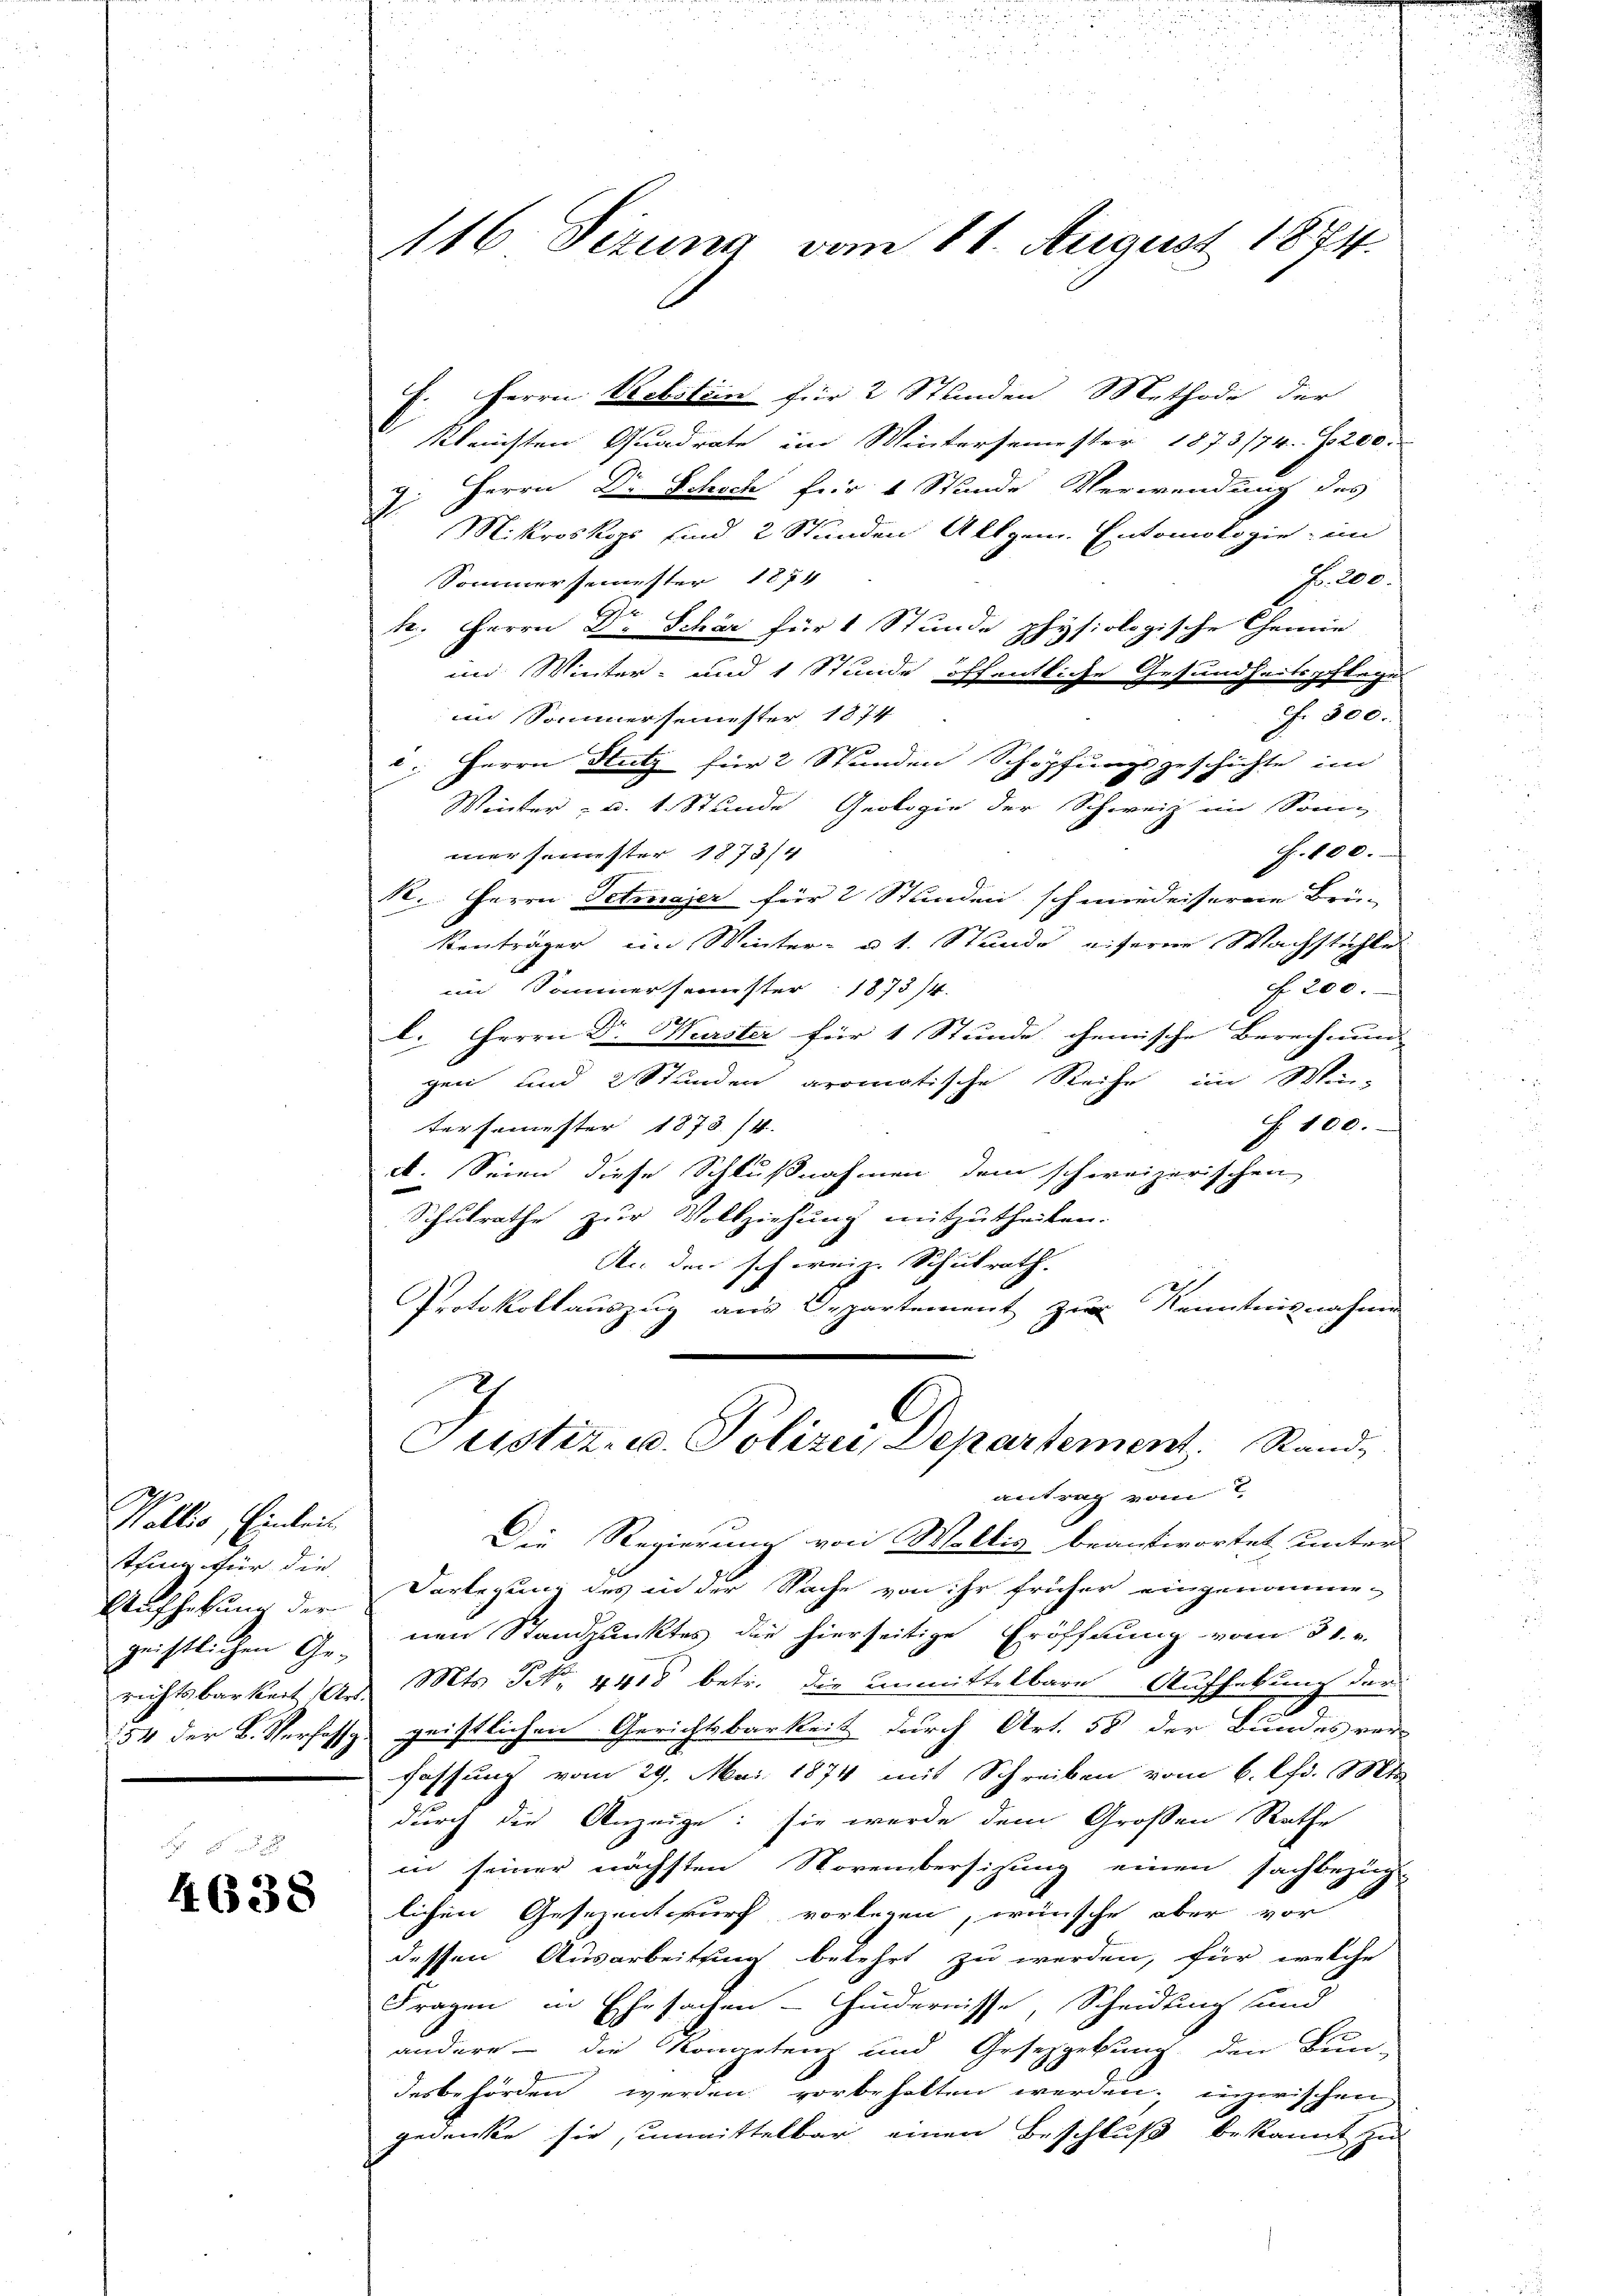
Wollis, Einleit
sthing für die
Aufhebung der
geistlichen Ge-
richtsbarkeit Art.
154 der B. Verfass

4638

116 Sizung vom 11. August 1874.

F. Herrn Pobitein für 2 Stunden Methode der
kleinsten Quadrate im Wintersemester 1873/74. 1200.
7. Herrn Dr Schoch für 1 Stunde Verwendung des
Mikroskops sind 2 Stunden Allgem. Entomologie, im
Fr. 200.
Sommersemester 1874
k. Herrn Dr Schär für 1 Stunde physiologische Chemie
im Winter- und 1 Stunde öffentliche Gesundheitspflege
cf. 300.
im Sommersemester 1874
: Herrn Nutz für 2 Stunden Schöpfungsgeschichte im
Winter - u. 1. Stunde Geologie der Schweiz im Som-
F. 800.
mer semester 1873/4
R. Herrn Petmajer für 2 Stunden schmiedenseren Brü-
kenträger im Winter- u 1. Stunde eiserne Wachstichle
f 200.
im Sommersemester 1873/4.
l. Herrn Dr. Wurster für 1 Stunde chemische Berechnung
gen und 2 Stunden aromatische Reihe im Win-
§. 100.
tersemester 1873. 14.
A. Seien diese Schlußnahmen dem schweizerischen
Schulrathe zur Vollziehung mitzutheilen.
An den schweiz. Schulrath.
Protokollauszug aus Departement zur Kenntnisnahme
Justiz- u. Polizei, Departement. Stand
antrag vom 2.
Die Regierung von Weltis beantwortet unter
Vorlegung des in der Sache von ihr früher eingenommenen Standpunktes die hierseitige Eröffnung vom 31. v.
Mts. N. 4418 betr. die unmittelbare Aufhebung der
geistlichen Gerichtsbarkeit durch Art. 58 der Bundes ver-
fassung vom 29. Mai 1874 mit Schreiben vom 6. Apr. 18t
durch die Anzeige: sie wurde dem Großen Rathe
in seiner nächsten Novembersizung einen sachbezüg-
lichen Gesezentwurf vorlegen, wünsche aber vor
dessen Ausarbeitung belehrt zu werden, für welche
Fragen in Ehesachen - Hindernisse Scheidung und
andere die Kompetenz und Gesetzgebung, den Bun-
desbehörden werden vorbehalten werden, inzwischen
gedenke sie, unmittelbar einen Beschluß bekannt zu